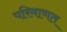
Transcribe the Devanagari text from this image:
परिमाणत